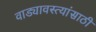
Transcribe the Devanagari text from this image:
वाड्यावस्त्यांसाठी